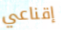
إقناعي